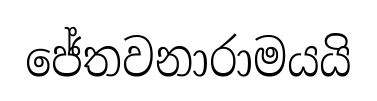
ජේතවනාරාමයයි